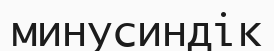
минусиндік